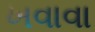
ખવાવા